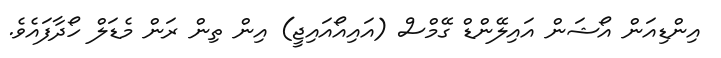
އިންޑިއަން އޯޝަން އައިލޭންޑް ގޭމްސް (އައިއޯއައިޖީ) އިން ތިން ރަން މެޑަލް ހޯދާފައެވެ.